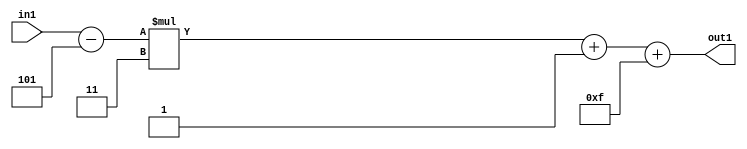
`timescale 1ps / 1ps
/*****************************************************************************
    Verilog RTL Description
    
    
    Created by: Stratus DpOpt 21.05.01 
*******************************************************************************/

module SobelFilter_Add2i15Add2i1Mul2i3Subi5s6_1 (
	in1,
	out1
	); /* architecture "behavioural" */ 
input [5:0] in1;
output [5:0] out1;
wire [5:0] asc001,
	asc003,
	asc004;

assign asc004 = 
	+(in1)
	-(6'B000101);

wire [5:0] asc003_tmp_0;
assign asc003_tmp_0 = 
	+(asc004 * 6'B000011);
assign asc003 = asc003_tmp_0
	+(6'B000001);

assign asc001 = 
	+(asc003)
	+(6'B001111);

assign out1 = asc001;
endmodule

/* CADENCE  uLn1TQE= : u9/ySxbfrwZIxEzHVQQV8Q== ** DO NOT EDIT THIS LINE ******/